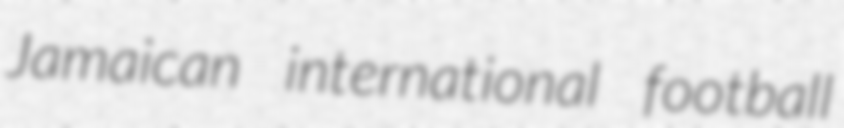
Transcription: Jamaican international football